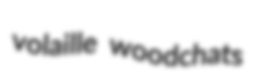
volaille woodchats